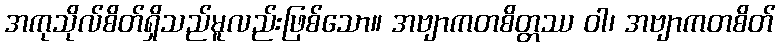
အကုသိုလ်စိတ်ရှိသည်မူလည်းဖြစ်သော။ အဗျာကတစိတ္တဿ ဝါ၊ အဗျာကတစိတ်